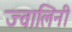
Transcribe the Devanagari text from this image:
ज्वालिनी